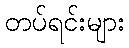
တပ်ရင်းများ